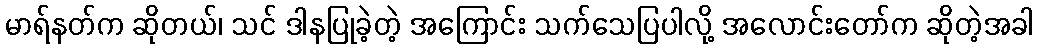
မာရ်နတ်က ဆိုတယ်၊ သင် ဒါနပြုခဲ့တဲ့ အကြောင်း သက်သေပြပါလို့ အလောင်းတော်က ဆိုတဲ့အခါ